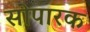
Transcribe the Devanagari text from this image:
सोपारक